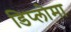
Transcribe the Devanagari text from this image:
डिप्‍लोमा